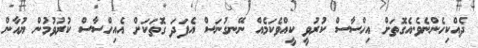
ދެއްކިހެންނެވެ.އެގޮތަށް އިހްސާސް ކުރުވީ ކީއްވެކަމެއް ނޭނގުނަސް އެފަދަ ގޮތަކަށް އެއިހްސާސް ކުރުވުމުން ޔުއާން